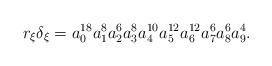
LaTeX: \begin{align*}r_\xi\delta_\xi = a_0^{18}a_1^{8}a_2^{6}a_3^{8}a_4^{10}a_5^{12}a_6^{12}a_7^{6}a_8^{6}a_9^{4}. \end{align*}